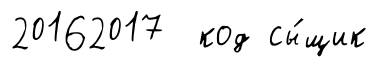
20162017 код сы́щик